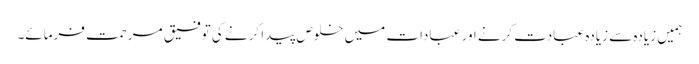
ہمیں زیادہ سے زیادہ عبادت کرنے اور عبادات میں خلوص پیدا کرنے کی توفیق مرحمت فرمائے۔